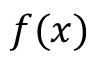
f ( x )